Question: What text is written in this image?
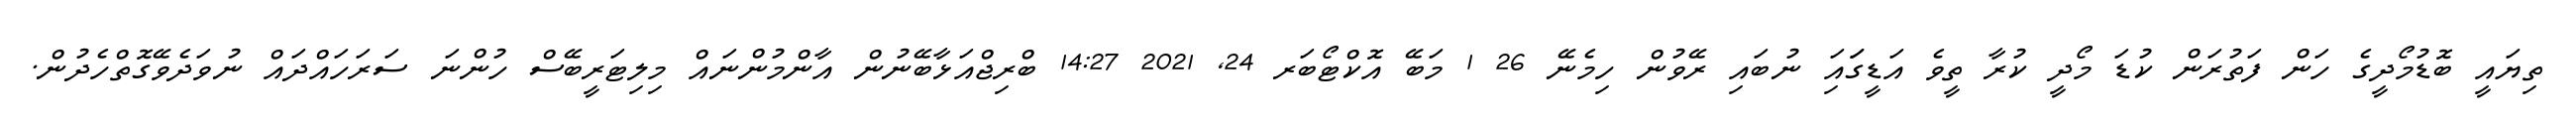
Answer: ތިޔައީ ބޮޑުމޯދީގެ ހަން ފަތުރަން ކުޑަ މޯދީ ކުރާ ތީވެ އަޑީގަައަި ނުބައި ރޭވުން ހިމެނޭ 26 1 މަބޭ އޮކްޓޯބަރ 24, 2021 14:27 ބްރިޖްއަޅާބޭނުން އާންމުންނައް މިލިޓަރީބޭސް ހުންނަ ސަރަހައްދައް ނުވަދެވޭގޮތްހެދުން.